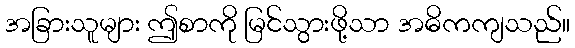
အခြားသူများ ဤစာကို မြင်သွားဖို့သာ အဓိကကျသည်။